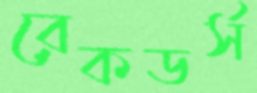
রেকডর্স